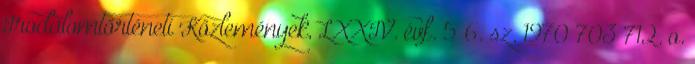
Irodalomtörténeti Közlemények, LXXIV. évf. 5–6. sz. 1970 703–712. o.